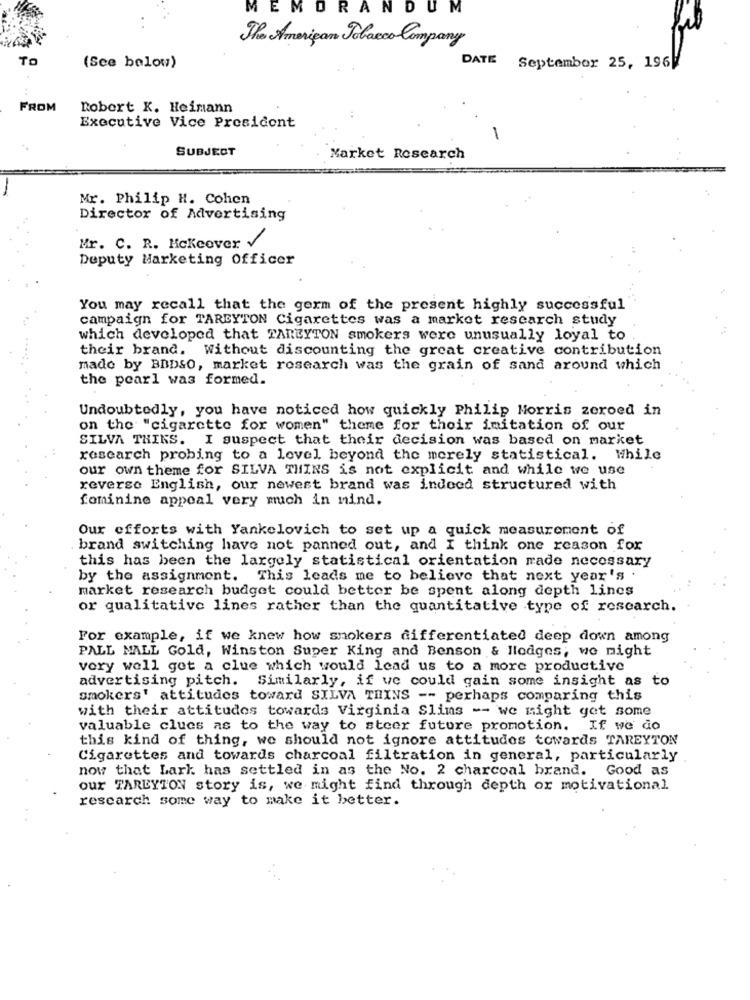
MEMORANDUM
The American Tobacco Company
TO
DATE
(See below)
September 25, 196V
FROM
Robert K. Heimann
Executive Vice President
1
SUBJECT
Market Research
Mr. Philip H. Cohen
Director of Advertising
Mr. C. R. Mckeever V
Deputy Marketing Officer
You may recall that the germ of the present highly successful
campaign for TAREYTON Cigarettes was a market research study
which developed that TAREYTON smokers were unusually loyal to
their brand. Without discounting the great creative contribution
mado by BBDSO, market research was the grain of sand around which
the pearl was formed.
Undoubtedly, you have noticed how quickly Philip Morris zeroed in
on the "cigarette for women" theme for their imitation of our
SILVA THINS. I suspect that their decision was based on market
research probing to a level beyond the merely statistical. While
our own theme for SILVA THINS is not explicit and while we use
reverse English, our newest brand was indeed structured with
feminine appeal very much in mind.
Our efforts with Yankelovich to set up a quick measurement of
brand switching have not panned out, and I think one reason for
this has been the largely statistical orientation made necessary
by the assignment. This leads me to believe that next year's .
market research budget could better be spent along depth lines
or qualitative lines rather than the quantitative type of research.
For example, if we knew how smokers differentiated deep down among
PALL MALL Gold, Winston Super King and Benson & llodges; we might
very well get a clue which would lead us to a more productive
advertising pitch. Similarly, if we could gain some insight as to
smokers' attitudes toward SILVA THINS -- perhaps comparing this
with their attitudes towards Virginia Slins -- we might get some
valuable clues as to the way to steer future promotion. If we do
this kind of thing, we should not ignore attitudes towards TAREYTON
Cigarettes and towards charcoal filtration in general, particularly
now that Lark has settled in as the No. 2 charcoal brand. Good as
our TAREYTON story is, we might find through depth or motivational
rescarch some way to make it better.